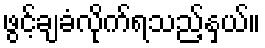
ဖွင့်ချခံလိုက်ရသည့်နှယ်။